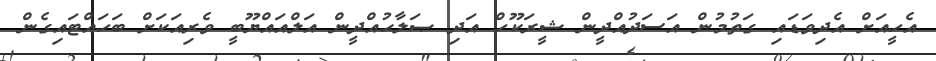
އެހީއަށް އެދިވަޑައި ގަތުމުން އަސަދުއްދީން ޝީރަކޫހް އަދި ޞަލާޙުއްދީން އަލްއައްޔޫބީ ވެރިއަކަށް ބަހައްޓައިގެން